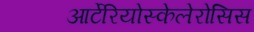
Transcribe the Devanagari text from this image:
आर्टेरियोस्केलेरोसिस